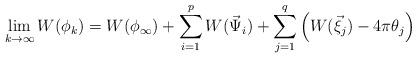
LaTeX: \begin{align*} \lim\limits_{k\rightarrow\infty}W(\phi_k)=W(\phi_{\infty})+\sum_{i=1}^{p}W(\vec{\Psi}_i)+\sum_{j=1}^{q}\left(W(\vec{\xi}_j)-4\pi\theta_j\right) \end{align*}